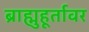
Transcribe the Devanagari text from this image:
ब्राह्मुहूर्तावर